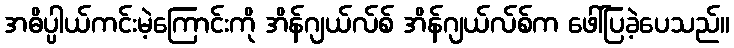
အဓိပ္ပါယ်ကင်းမဲ့ကြောင်းကို အိန်ဂျယ်လ်စ် အိန်ဂျယ်လ်စ်က ဖေါ်ပြခဲ့ပေသည်။